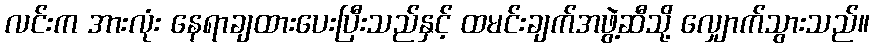
လင်းက အားလုံး နေရာချထားပေးပြီးသည်နှင့် ထမင်းချက်အဖွဲ့ဆီသို့ လျှောက်သွားသည်။